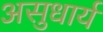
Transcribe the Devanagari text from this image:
असुधार्य